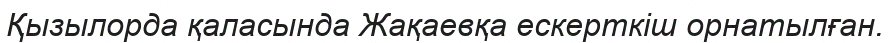
Қызылорда қаласында Жақаевқа ескерткіш орнатылған.